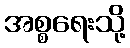
အစ္စရေးသို့